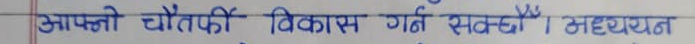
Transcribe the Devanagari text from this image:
आफ्नो चौतर्फी विकास गर्न सक्छ । अध्ययन